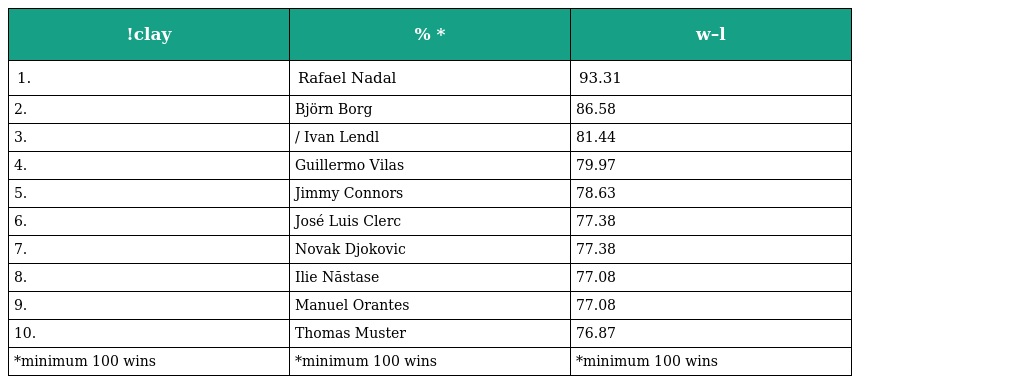
| !clay | % * | w–l |
 | --- | --- | --- |
 | 1. | Rafael Nadal | 93.31 |
 | 2. | Björn Borg | 86.58 |
 | 3. | / Ivan Lendl | 81.44 |
 | 4. | Guillermo Vilas | 79.97 |
 | 5. | Jimmy Connors | 78.63 |
 | 6. | José Luis Clerc | 77.38 |
 | 7. | Novak Djokovic | 77.38 |
 | 8. | Ilie Năstase | 77.08 |
 | 9. | Manuel Orantes | 77.08 |
 | 10. | Thomas Muster | 76.87 |
 | *minimum 100 wins | *minimum 100 wins | *minimum 100 wins |